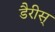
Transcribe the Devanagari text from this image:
डैरीस्